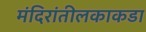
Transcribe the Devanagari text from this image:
मंदिरांतीलकाकडा